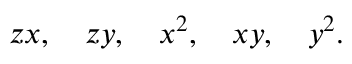
z x , \quad z y , \quad x ^ { 2 } , \quad x y , \quad y ^ { 2 } .